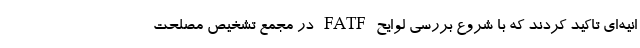
انیه‌ای تاکید کردند که با شروع بررسی لوایح FATF در مجمع تشخیص مصلحت